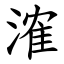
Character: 㴶